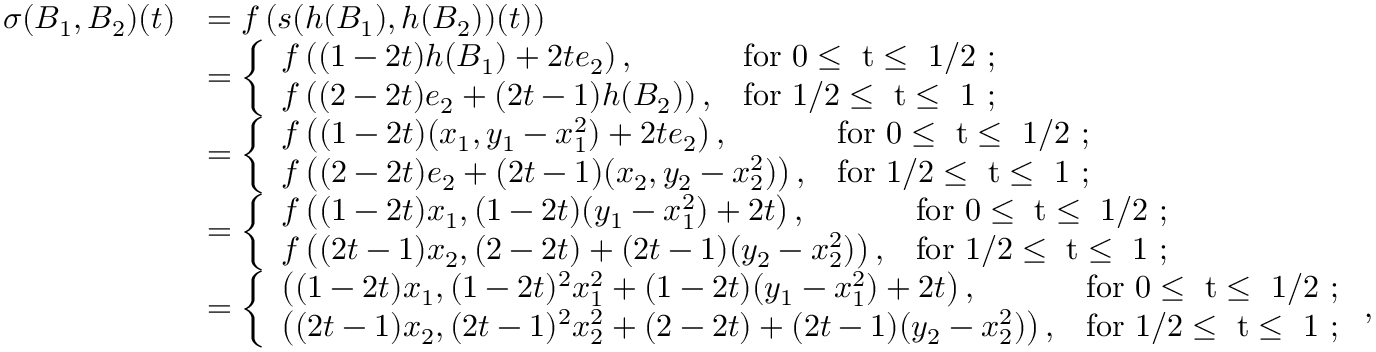
\begin{array} { r l } { \sigma ( B _ { 1 } , B _ { 2 } ) ( t ) } & { = f \left( s ( h ( B _ { 1 } ) , h ( B _ { 2 } ) ) ( t ) \right) } \\ & { = \left\{ \begin{array} { l l } { f \left( ( 1 - 2 t ) h ( B _ { 1 } ) + 2 t e _ { 2 } \right) , } & { \mathrm { f o r ~ 0 \leq ~ t \leq ~ 1 / 2 ~ ; } } \\ { f \left( ( 2 - 2 t ) e _ { 2 } + ( 2 t - 1 ) h ( B _ { 2 } ) \right) , } & { \mathrm { f o r ~ 1 / 2 \leq ~ t \leq ~ 1 ~ ; } } \end{array} \right. } \\ & { = \left\{ \begin{array} { l l } { f \left( ( 1 - 2 t ) ( x _ { 1 } , y _ { 1 } - x _ { 1 } ^ { 2 } ) + 2 t e _ { 2 } \right) , } & { \mathrm { f o r ~ 0 \leq ~ t \leq ~ 1 / 2 ~ ; } } \\ { f \left( ( 2 - 2 t ) e _ { 2 } + ( 2 t - 1 ) ( x _ { 2 } , y _ { 2 } - x _ { 2 } ^ { 2 } ) \right) , } & { \mathrm { f o r ~ 1 / 2 \leq ~ t \leq ~ 1 ~ ; } } \end{array} \right. } \\ & { = \left\{ \begin{array} { l l } { f \left( ( 1 - 2 t ) x _ { 1 } , ( 1 - 2 t ) ( y _ { 1 } - x _ { 1 } ^ { 2 } ) + 2 t \right) , } & { \mathrm { f o r ~ 0 \leq ~ t \leq ~ 1 / 2 ~ ; } } \\ { f \left( ( 2 t - 1 ) x _ { 2 } , ( 2 - 2 t ) + ( 2 t - 1 ) ( y _ { 2 } - x _ { 2 } ^ { 2 } ) \right) , } & { \mathrm { f o r ~ 1 / 2 \leq ~ t \leq ~ 1 ~ ; } } \end{array} \right. } \\ & { = \left\{ \begin{array} { l l } { \left( ( 1 - 2 t ) x _ { 1 } , ( 1 - 2 t ) ^ { 2 } x _ { 1 } ^ { 2 } + ( 1 - 2 t ) ( y _ { 1 } - x _ { 1 } ^ { 2 } ) + 2 t \right) , } & { \mathrm { f o r ~ 0 \leq ~ t \leq ~ 1 / 2 ~ ; } } \\ { \left( ( 2 t - 1 ) x _ { 2 } , ( 2 t - 1 ) ^ { 2 } x _ { 2 } ^ { 2 } + ( 2 - 2 t ) + ( 2 t - 1 ) ( y _ { 2 } - x _ { 2 } ^ { 2 } ) \right) , } & { \mathrm { f o r ~ 1 / 2 \leq ~ t \leq ~ 1 ~ ; } } \end{array} \right. , } \end{array}